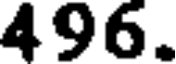
496.